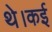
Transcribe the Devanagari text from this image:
थे।कई